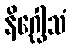
နိဂ္ဃေါသံ